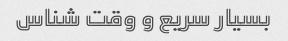
بسیار سریع و وقت شناس